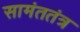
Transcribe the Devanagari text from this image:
सामंततंत्र